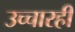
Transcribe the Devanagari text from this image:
उच्चारही